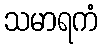
သမာရကံ